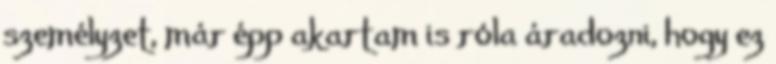
személyzet, már épp akartam is róla áradozni, hogy ez